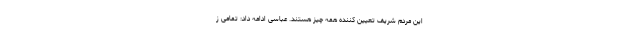
این مردم شریف تعیین کننده همه چیز هستند. عباسی ادامه داد: تمامی ز